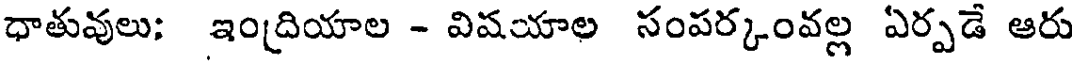
ధాతువులు; ఇంద్రియాల - విషయాల సంపర్కంవల్ల ఏర్పడే ఆరు